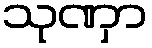
သုဏှာ